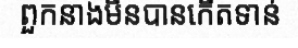
ពួកនាងមិនបានកើតទាន់